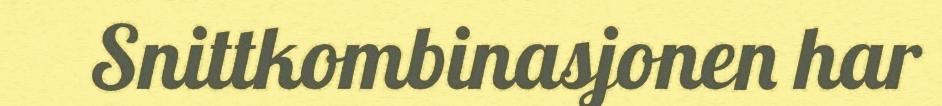
Snittkombinasjonen har